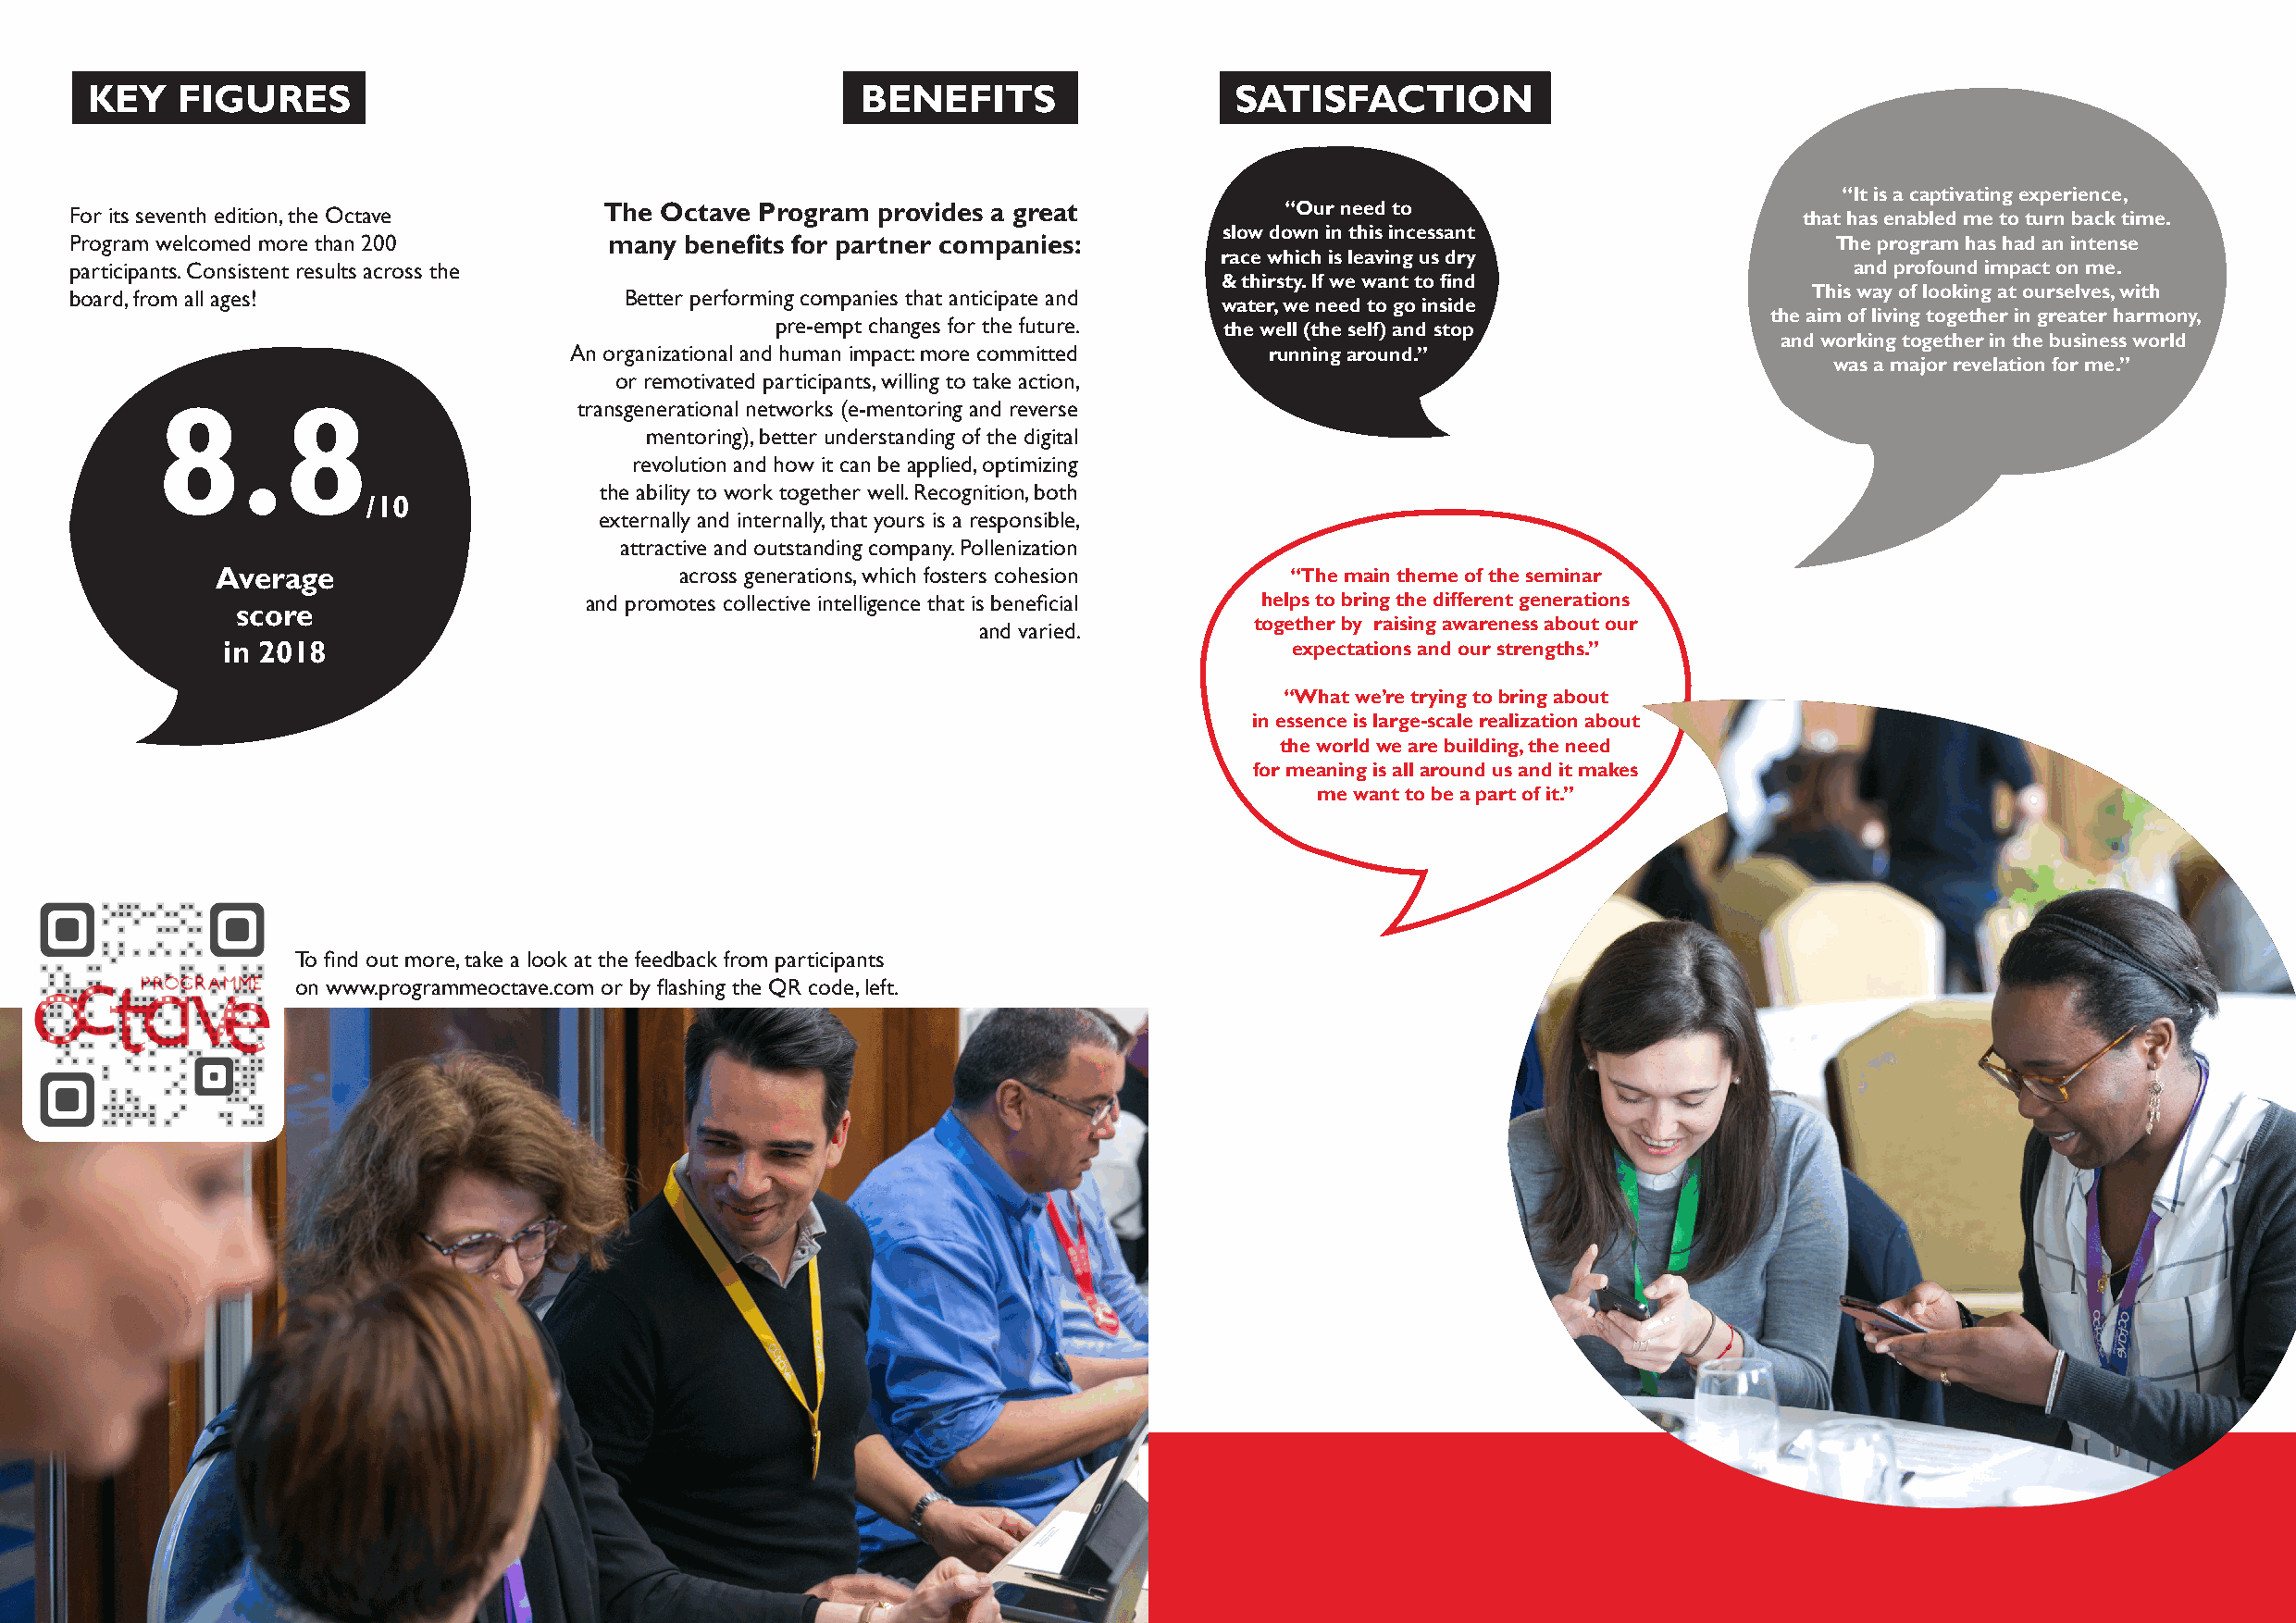
KEY    FIGURES                                          BENEFITS                  SATISFACTION
 “It is a captivating experience,
 For its seventh edition, the Octave   The Octave Program  provides a great             “Our need to                         that has enabled me to turn back time.
 slow down in this incessant
 Program welcomed more than 200        many  benefits for partner companies:                                                   The program has had an intense
 race which is leaving us dry
 participants. Consistent results across the                                                                                     and profound impact on me.
 & thirsty. If we want to find
 board, from all ages!                   Better performing companies that anticipate and                                      This way of looking at ourselves, with
 water, we need to go inside
 the aim of living together in greater harmony,
 pre-empt changes for the future.
 the well (the self) and stop
 and working together in the business world
 An organizational and human impact: more committed running around.”
 was a major revelation for me.”
 or remotivated participants, willing to take action,
 transgenerational networks (e-mentoring and reverse
 8.8
 mentoring), better understanding of the digital
 revolution and how it can be applied, optimizing
 the ability to work together well. Recognition, both
 /10
 externally and internally, that yours is a responsible,
 attractive and outstanding company. Pollenization
 Average                           across generations, which fosters cohesion “The main theme of the seminar
 and promotes collective intelligence that is beneficial helps to bring the different generations
 score
 and varied.         together by raising awareness about our
 in 2018                                                                     expectations and our strengths.”
 “What we’re trying to bring about
 in essence is large-scale realization about
 the world we are building, the need
 for meaning is all around us and it makes
 me want to be a part of it.”
 To find out more, take a look at the feedback from participants
 on www.programmeoctave.com or by flashing the QR code, left.